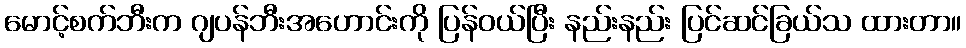
မောင့်စက်ဘီးက ဂျပန်ဘီးအဟောင်းကို ပြန်ဝယ်ပြီး နည်းနည်း ပြင်ဆင်ခြယ်သ ထားတာ။